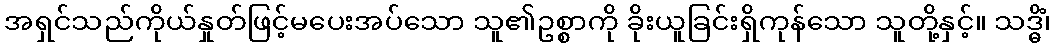
အရှင်သည်ကိုယ်နှုတ်ဖြင့်မပေးအပ်သော သူ၏ဥစ္စာကို ခိုးယူခြင်းရှိကုန်သော သူတို့နှင့်။ သဒ္ဓိံ၊